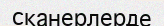
сканерлерде